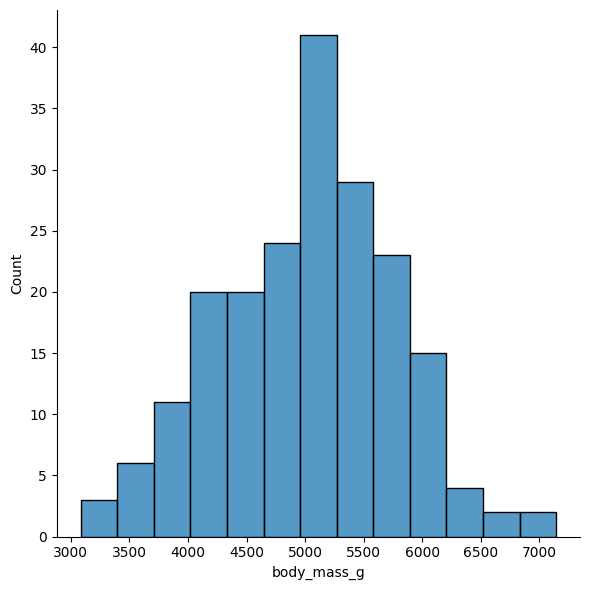
python, seaborn, displot, kind='hist', column='body_mass_g', hue='all', height=6, aspect=1.0